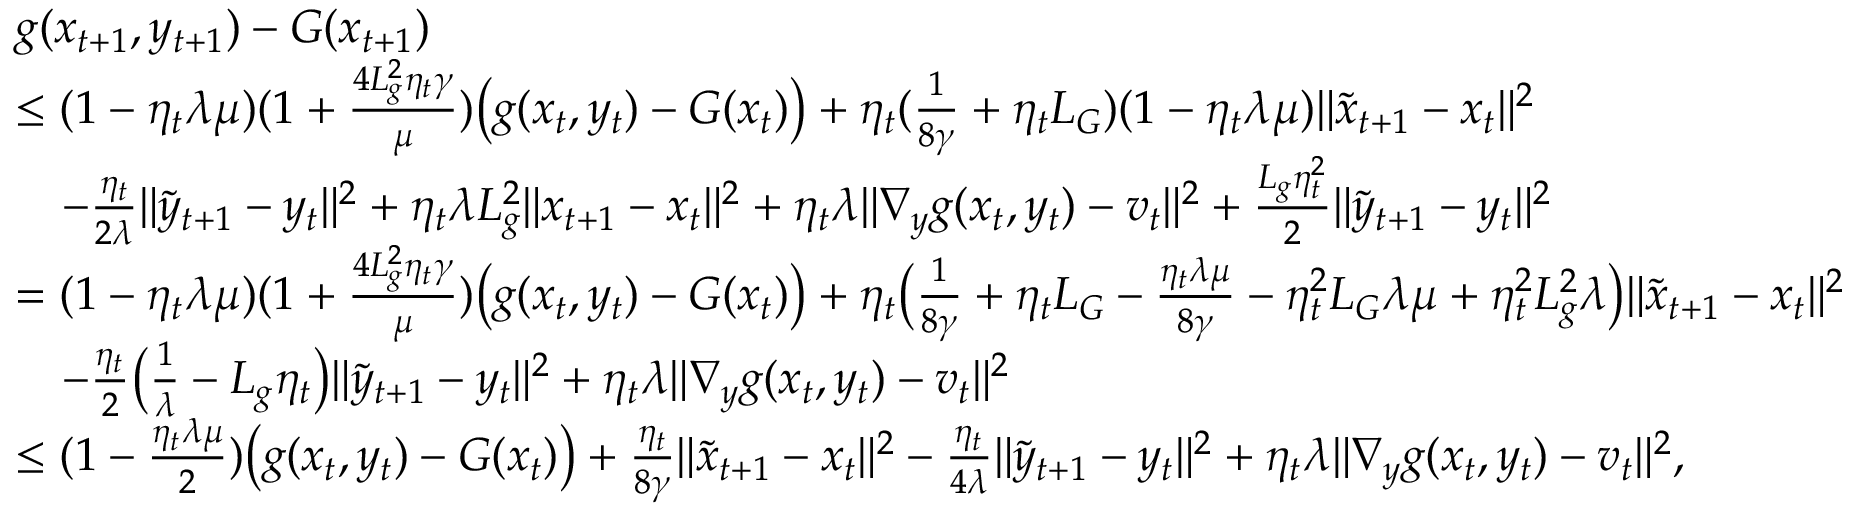
\begin{array} { r l } & { g ( x _ { t + 1 } , y _ { t + 1 } ) - G ( x _ { t + 1 } ) } \\ & { \leq ( 1 - \eta _ { t } \lambda \mu ) ( 1 + \frac { 4 L _ { g } ^ { 2 } \eta _ { t } \gamma } { \mu } ) \big ( g ( x _ { t } , y _ { t } ) - G ( x _ { t } ) \big ) + \eta _ { t } ( \frac { 1 } { 8 \gamma } + \eta _ { t } L _ { G } ) ( 1 - \eta _ { t } \lambda \mu ) \| \tilde { x } _ { t + 1 } - x _ { t } \| ^ { 2 } } \\ & { \quad - \frac { \eta _ { t } } { 2 \lambda } \| \tilde { y } _ { t + 1 } - y _ { t } \| ^ { 2 } + \eta _ { t } \lambda L _ { g } ^ { 2 } \| x _ { t + 1 } - x _ { t } \| ^ { 2 } + \eta _ { t } \lambda \| \nabla _ { y } g ( x _ { t } , y _ { t } ) - v _ { t } \| ^ { 2 } + \frac { L _ { g } \eta _ { t } ^ { 2 } } { 2 } \| \tilde { y } _ { t + 1 } - y _ { t } \| ^ { 2 } } \\ & { = ( 1 - \eta _ { t } \lambda \mu ) ( 1 + \frac { 4 L _ { g } ^ { 2 } \eta _ { t } \gamma } { \mu } ) \big ( g ( x _ { t } , y _ { t } ) - G ( x _ { t } ) \big ) + \eta _ { t } \big ( \frac { 1 } { 8 \gamma } + \eta _ { t } L _ { G } - \frac { \eta _ { t } \lambda \mu } { 8 \gamma } - \eta _ { t } ^ { 2 } L _ { G } \lambda \mu + \eta _ { t } ^ { 2 } L _ { g } ^ { 2 } \lambda \big ) \| \tilde { x } _ { t + 1 } - x _ { t } \| ^ { 2 } } \\ & { \quad - \frac { \eta _ { t } } { 2 } \big ( \frac { 1 } { \lambda } - L _ { g } \eta _ { t } \big ) \| \tilde { y } _ { t + 1 } - y _ { t } \| ^ { 2 } + \eta _ { t } \lambda \| \nabla _ { y } g ( x _ { t } , y _ { t } ) - v _ { t } \| ^ { 2 } } \\ & { \leq ( 1 - \frac { \eta _ { t } \lambda \mu } { 2 } ) \big ( g ( x _ { t } , y _ { t } ) - G ( x _ { t } ) \big ) + \frac { \eta _ { t } } { 8 \gamma } \| \tilde { x } _ { t + 1 } - x _ { t } \| ^ { 2 } - \frac { \eta _ { t } } { 4 \lambda } \| \tilde { y } _ { t + 1 } - y _ { t } \| ^ { 2 } + \eta _ { t } \lambda \| \nabla _ { y } g ( x _ { t } , y _ { t } ) - v _ { t } \| ^ { 2 } , } \end{array}